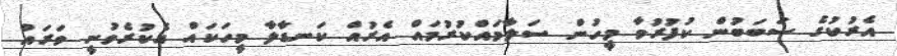
އެރުކުގެ ސަބަބުން ކުފުރުވާ މީހުން ސަލާމައްކުރުމައް އެރުއް ކަނޑާލާ މީހަކައް އެކުރެވުނީ ވަރައް